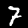
Label: 7